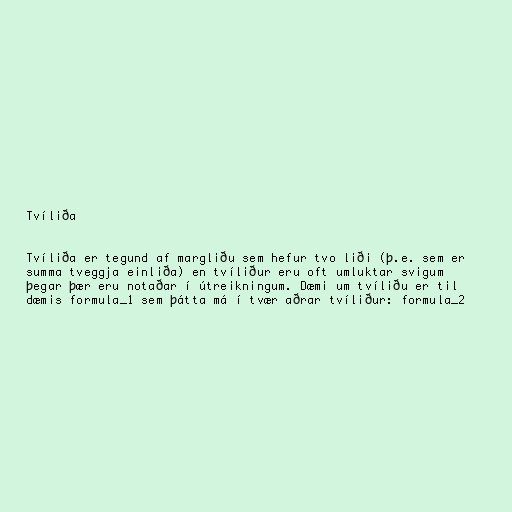
Tvíliða

Tvíliða er tegund af margliðu sem hefur tvo liði (þ.e. sem er
summa tveggja einliða) en tvíliður eru oft umluktar svigum
þegar þær eru notaðar í útreikningum. Dæmi um tvíliðu er til
dæmis formula_1 sem þátta má í tvær aðrar tvíliður: formula_2